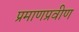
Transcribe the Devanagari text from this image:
प्रमाणप्रवीण